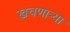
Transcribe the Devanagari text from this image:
खचणार्‍या